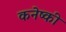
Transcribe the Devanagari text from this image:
कनेष्की